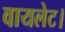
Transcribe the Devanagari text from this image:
वायलेट।